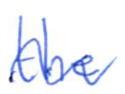
Text: the
Cross-out: mix
Writing tool: ballpoint